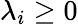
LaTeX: \lambda_{i}\geq 0